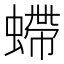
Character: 螮